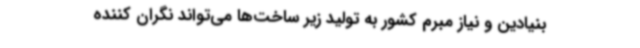
بنیادین و نیاز مبرم کشور به تولید زیر ساخت‌ها می‌تواند نگران کننده